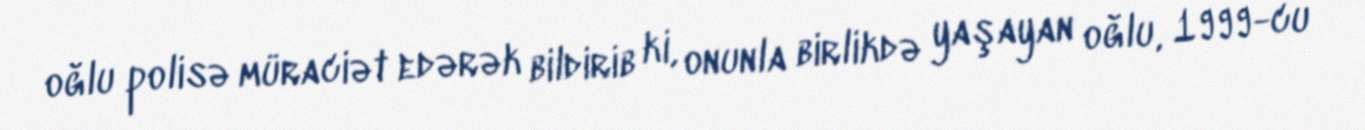
oğlu polisə müraciət edərək bildirib ki, onunla birlikdə yaşayan oğlu, 1999-cu